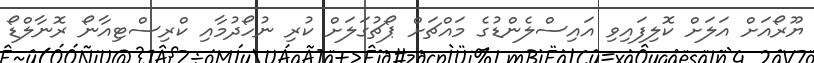
ޔޫރޯއަށް އަލަށް ކޮލިފައިވި އައިސްލެންޑުގެ މައްޗަށް ޕޯޗުގަލަށް ކުރި ނުހޯދުމާއި ކްރިސްޓިއާނޯ ރޮނާލްޑޯ